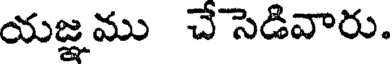
యజ్ఞము చేసెడివారు.